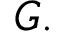
G .